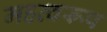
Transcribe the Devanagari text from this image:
महत्वरूप